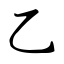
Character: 乙